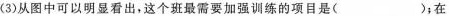
(3)从图中可以明显看出，这个班最需要加强训练的项目是( )；在